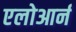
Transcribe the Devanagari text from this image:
एलोआर्न